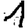
Digit: 1